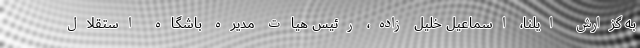
به گزارش ایلنا، اسماعیل خلیل زاده، رئیس هیات مدیره باشگاه استقلال